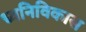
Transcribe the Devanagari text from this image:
ध्वनिविकास